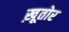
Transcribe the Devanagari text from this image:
ख़ूतोर